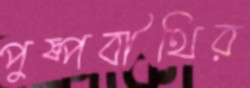
পুষ্পবীথির